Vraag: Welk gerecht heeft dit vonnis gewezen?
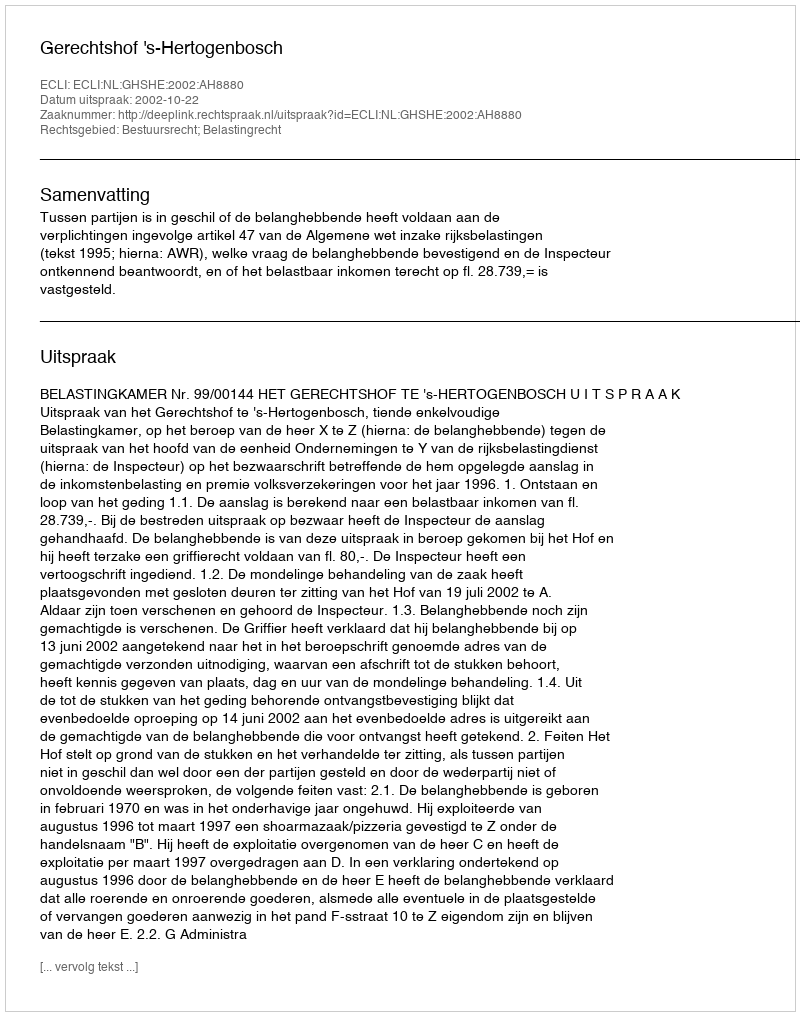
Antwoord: Gerechtshof 's-Hertogenbosch